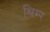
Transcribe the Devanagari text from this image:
श्रिम्‍प